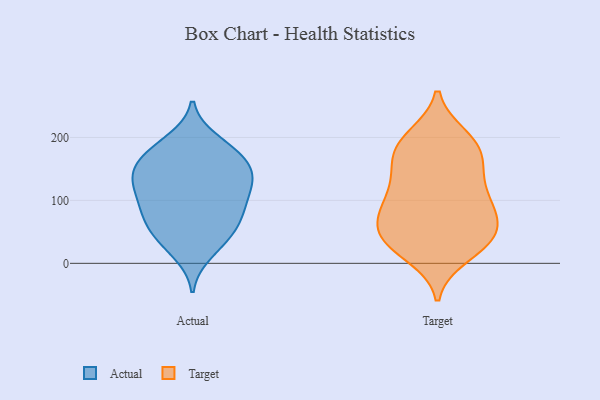
{"axis": {"x": "Satisfaction Score", "y": "Value"}, "legend": ["Actual", "Target"], "data": [{"x": "", "y": 39, "type": "Actual"}, {"x": "", "y": 71, "type": "Actual"}, {"x": "", "y": 72, "type": "Actual"}, {"x": "", "y": 114, "type": "Actual"}, {"x": "", "y": 161, "type": "Actual"}, {"x": "", "y": 142, "type": "Actual"}, {"x": "", "y": 132, "type": "Actual"}, {"x": "", "y": 81, "type": "Actual"}, {"x": "", "y": 195, "type": "Actual"}, {"x": "", "y": 16, "type": "Actual"}, {"x": "", "y": 175, "type": "Actual"}, {"x": "", "y": 132, "type": "Actual"}, {"x": "", "y": 106, "type": "Actual"}, {"x": "", "y": 166, "type": "Actual"}, {"x": "", "y": 90, "type": "Actual"}, {"x": "", "y": 126, "type": "Actual"}, {"x": "", "y": 36, "type": "Actual"}, {"x": "", "y": 187, "type": "Actual"}, {"x": "", "y": 151, "type": "Actual"}, {"x": "", "y": 56, "type": "Actual"}, {"x": "", "y": 38, "type": "Target"}, {"x": "", "y": 88, "type": "Target"}, {"x": "", "y": 100, "type": "Target"}, {"x": "", "y": 40, "type": "Target"}, {"x": "", "y": 132, "type": "Target"}, {"x": "", "y": 75, "type": "Target"}, {"x": "", "y": 151, "type": "Target"}, {"x": "", "y": 35, "type": "Target"}, {"x": "", "y": 40, "type": "Target"}, {"x": "", "y": 84, "type": "Target"}, {"x": "", "y": 123, "type": "Target"}, {"x": "", "y": 191, "type": "Target"}, {"x": "", "y": 200, "type": "Target"}, {"x": "", "y": 36, "type": "Target"}, {"x": "", "y": 185, "type": "Target"}, {"x": "", "y": 77, "type": "Target"}, {"x": "", "y": 14, "type": "Target"}, {"x": "", "y": 164, "type": "Target"}, {"x": "", "y": 186, "type": "Target"}]}